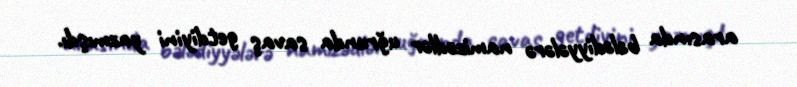
arasında bələdiyyələrə namizədlər uğrunda savaş getdiyini yazmışdı.